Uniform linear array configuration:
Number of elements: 32
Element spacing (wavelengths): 1
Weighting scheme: kaiser
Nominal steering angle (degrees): -15
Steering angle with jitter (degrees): -15.974
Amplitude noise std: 0.05
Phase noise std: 0.05

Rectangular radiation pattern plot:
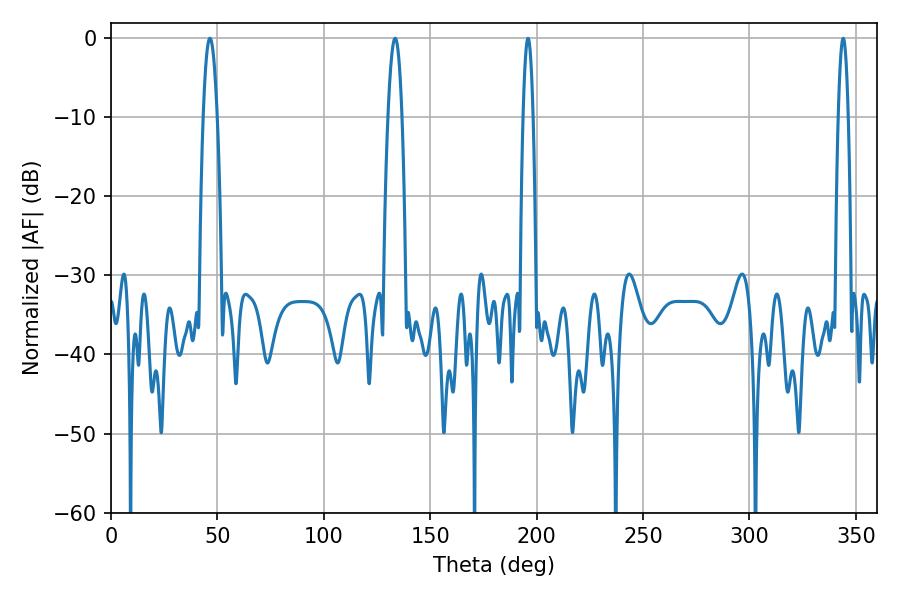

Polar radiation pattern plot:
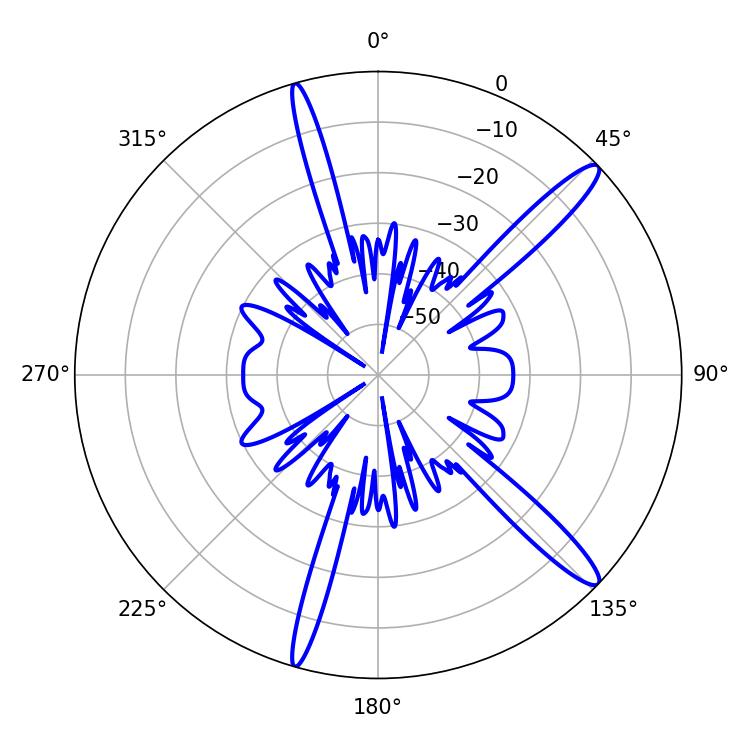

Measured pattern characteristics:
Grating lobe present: TRUE
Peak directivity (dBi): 14.398
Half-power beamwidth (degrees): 3.6
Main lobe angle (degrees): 46.44